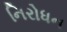
નિરોધન